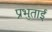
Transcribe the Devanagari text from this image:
प्रभुताई